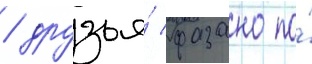
/ друзья́ фазано по́